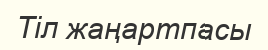
Тіл жаңартпасы